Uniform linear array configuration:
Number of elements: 32
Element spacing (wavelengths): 0.5
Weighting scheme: binomial
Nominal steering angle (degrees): -45
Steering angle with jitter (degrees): -46.879
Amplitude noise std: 0.05
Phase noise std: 0.05

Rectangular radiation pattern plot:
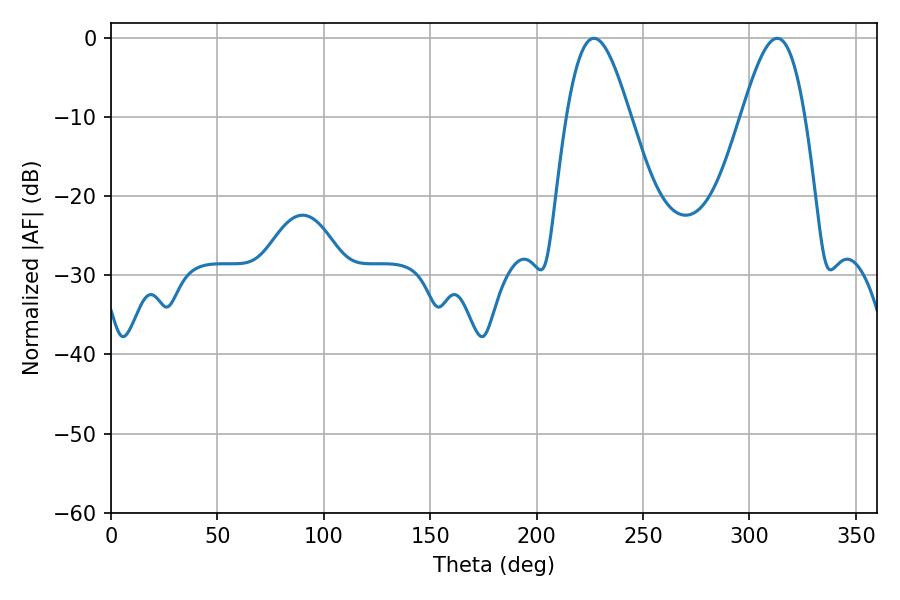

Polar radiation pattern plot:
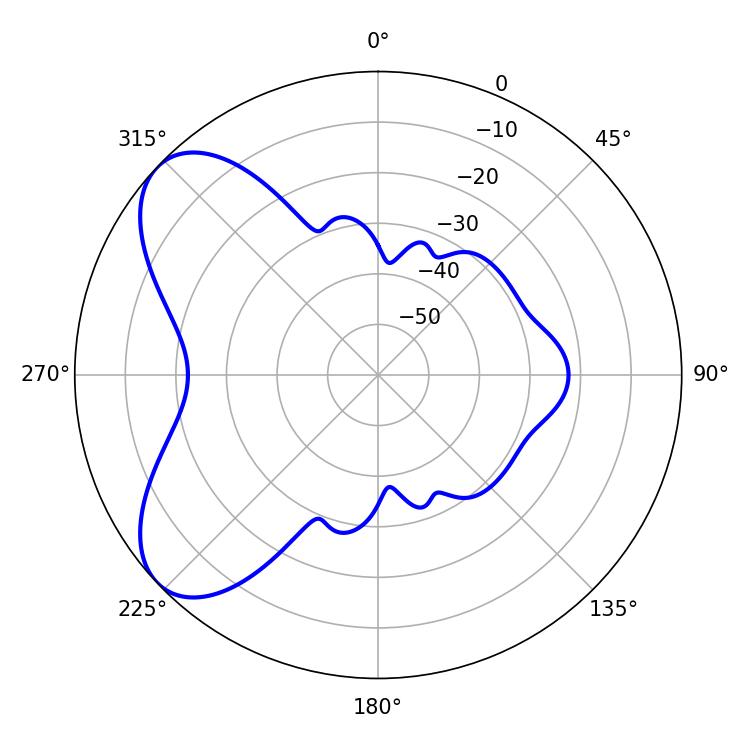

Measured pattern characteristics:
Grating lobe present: FALSE
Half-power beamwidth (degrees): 16.02
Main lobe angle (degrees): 226.98